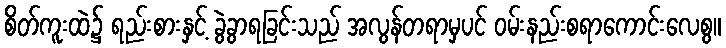
စိတ်ကူးထဲ၌ ရည်းစားနှင့် ခွဲခွာရခြင်းသည် အလွန်တရာမှပင် ဝမ်းနည်းစရာကောင်းလေစွ။